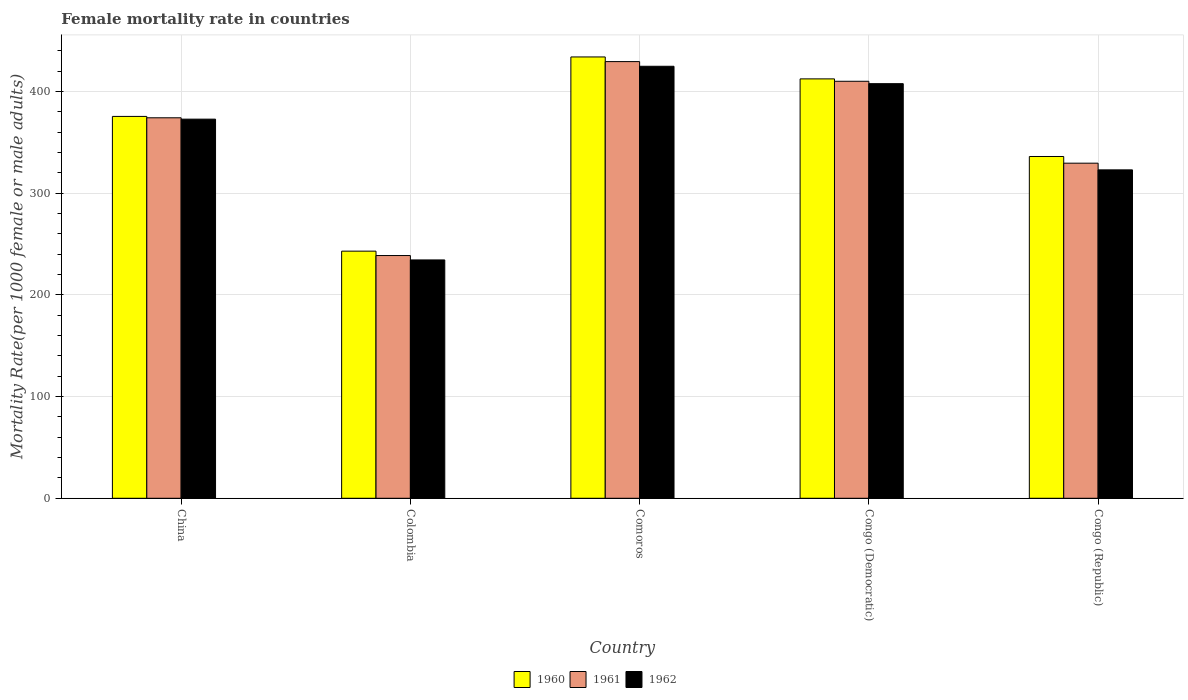
| Country | 1960 | 1961 | 1962 |
 | --- | --- | --- | --- |
 | China | 376 | 374 | 373 |
 | Colombia | 243 | 239 | 234 |
 | Comoros | 434 | 430 | 425 |
 | Congo (Democratic) | 413 | 410 | 408 |
 | Congo (Republic) | 336 | 330 | 323 |